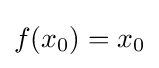
f(x_{0})=x_{0}